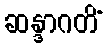
ဆန္ဒာဂတိံ